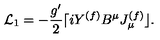
{ \cal L } _ { 1 } = - \frac { g ^ { \prime } } { 2 } \lceil i Y ^ { ( f ) } B ^ { \mu } J _ { \mu } ^ { ( f ) } \rfloor .